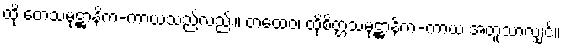
ထို တေသမုဋ္ဌာနိက-ကာယသည်လည်း။ တထေဝ၊ ထိုစိတ္တသမုဋ္ဌာနိက-ကာယ အတူသာလျှင်။